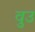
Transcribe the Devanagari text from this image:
वुउ